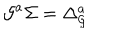
{ \cal G } ^ { a } \Sigma = \Delta _ { \cal G } ^ { a }